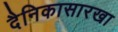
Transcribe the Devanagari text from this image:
दैनिकासारखा